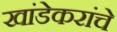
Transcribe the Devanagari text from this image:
खांडेकरांचे